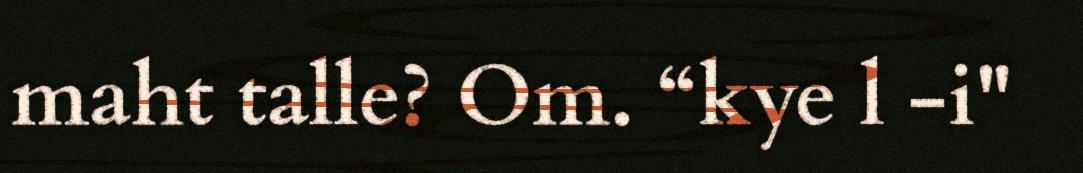
maht talle? Om. “kye l -i"